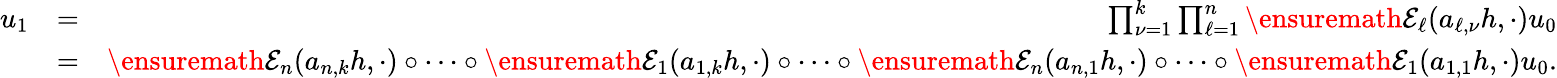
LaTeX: \begin{array}{rlr}{u_{1}}&{=}&{\prod_{\nu=1}^{k}\prod_{\ell=1}^{n}\ensuremath{{\mathcal E}}_{\ell}(a_{\ell,\nu}h,\cdot)u_{0}}\\ &{=}&{\ensuremath{{\mathcal E}}_{n}(a_{n,k}h,\cdot)\circ\cdots\circ\ensuremath{{\mathcal E}}_{1}(a_{1,k}h,\cdot)\circ\cdots\circ\ensuremath{{\mathcal E}}_{n}(a_{n,1}h,\cdot)\circ\cdots\circ\ensuremath{{\mathcal E}}_{1}(a_{1,1}h,\cdot)u_{0}.}\end{array}